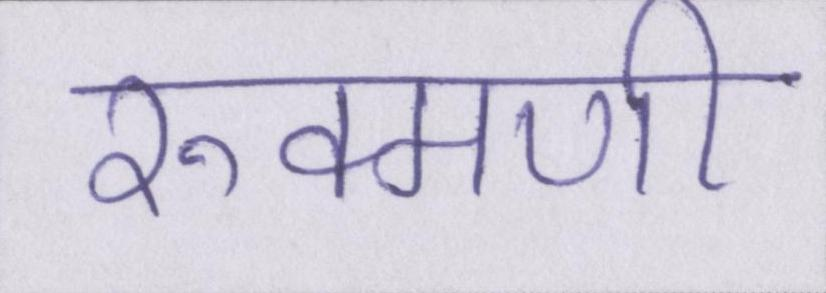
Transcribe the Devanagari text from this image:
रुक्मणी